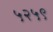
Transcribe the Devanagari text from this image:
५२५९